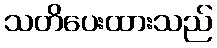
သတိပေးထားသည်